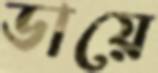
ডায়ে